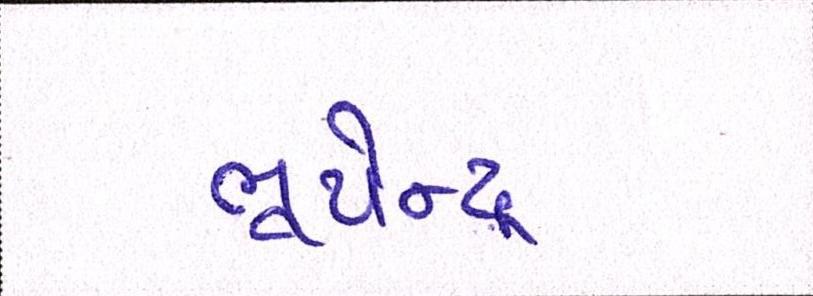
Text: ભૂપેન્દ્ર